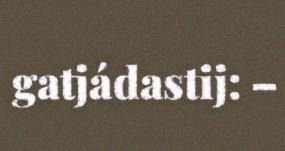
gatjádastij: –